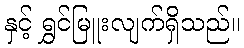
နှင့် ရွှင်မြူးလျက်ရှိသည်။